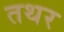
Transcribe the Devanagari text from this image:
तथर